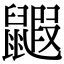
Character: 𪕰